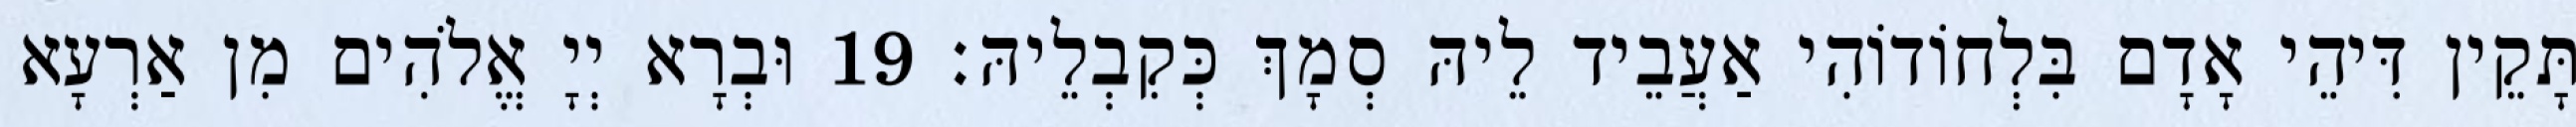
תָּקֵין דִּיהֵי אָדָם בִּלְחוֹדוֹהִי אַעֲבֵיד לֵיהּ סְמָךְ כְּקִבְלֵיהּ׃ 19 וּבְרָא יְיָ אֱלֹהִים מִן אַרְעָא